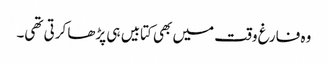
وہ فارغ وقت میں بھی کتابیں ہی پڑھا کرتی تھی۔